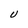
Character: U